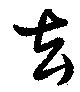
去